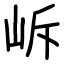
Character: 𡶜